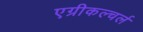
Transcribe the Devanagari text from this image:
एग्रीकल्चर्ल